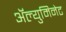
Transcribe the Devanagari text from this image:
ॲल्युमिनेट